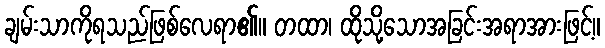
ချမ်းသာကိုရသည်ဖြစ်လေရာ၏။ တထာ၊ ထိုသို့သောအခြင်းအရာအားဖြင့်။